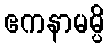
ဧကနာမမ္ပိ